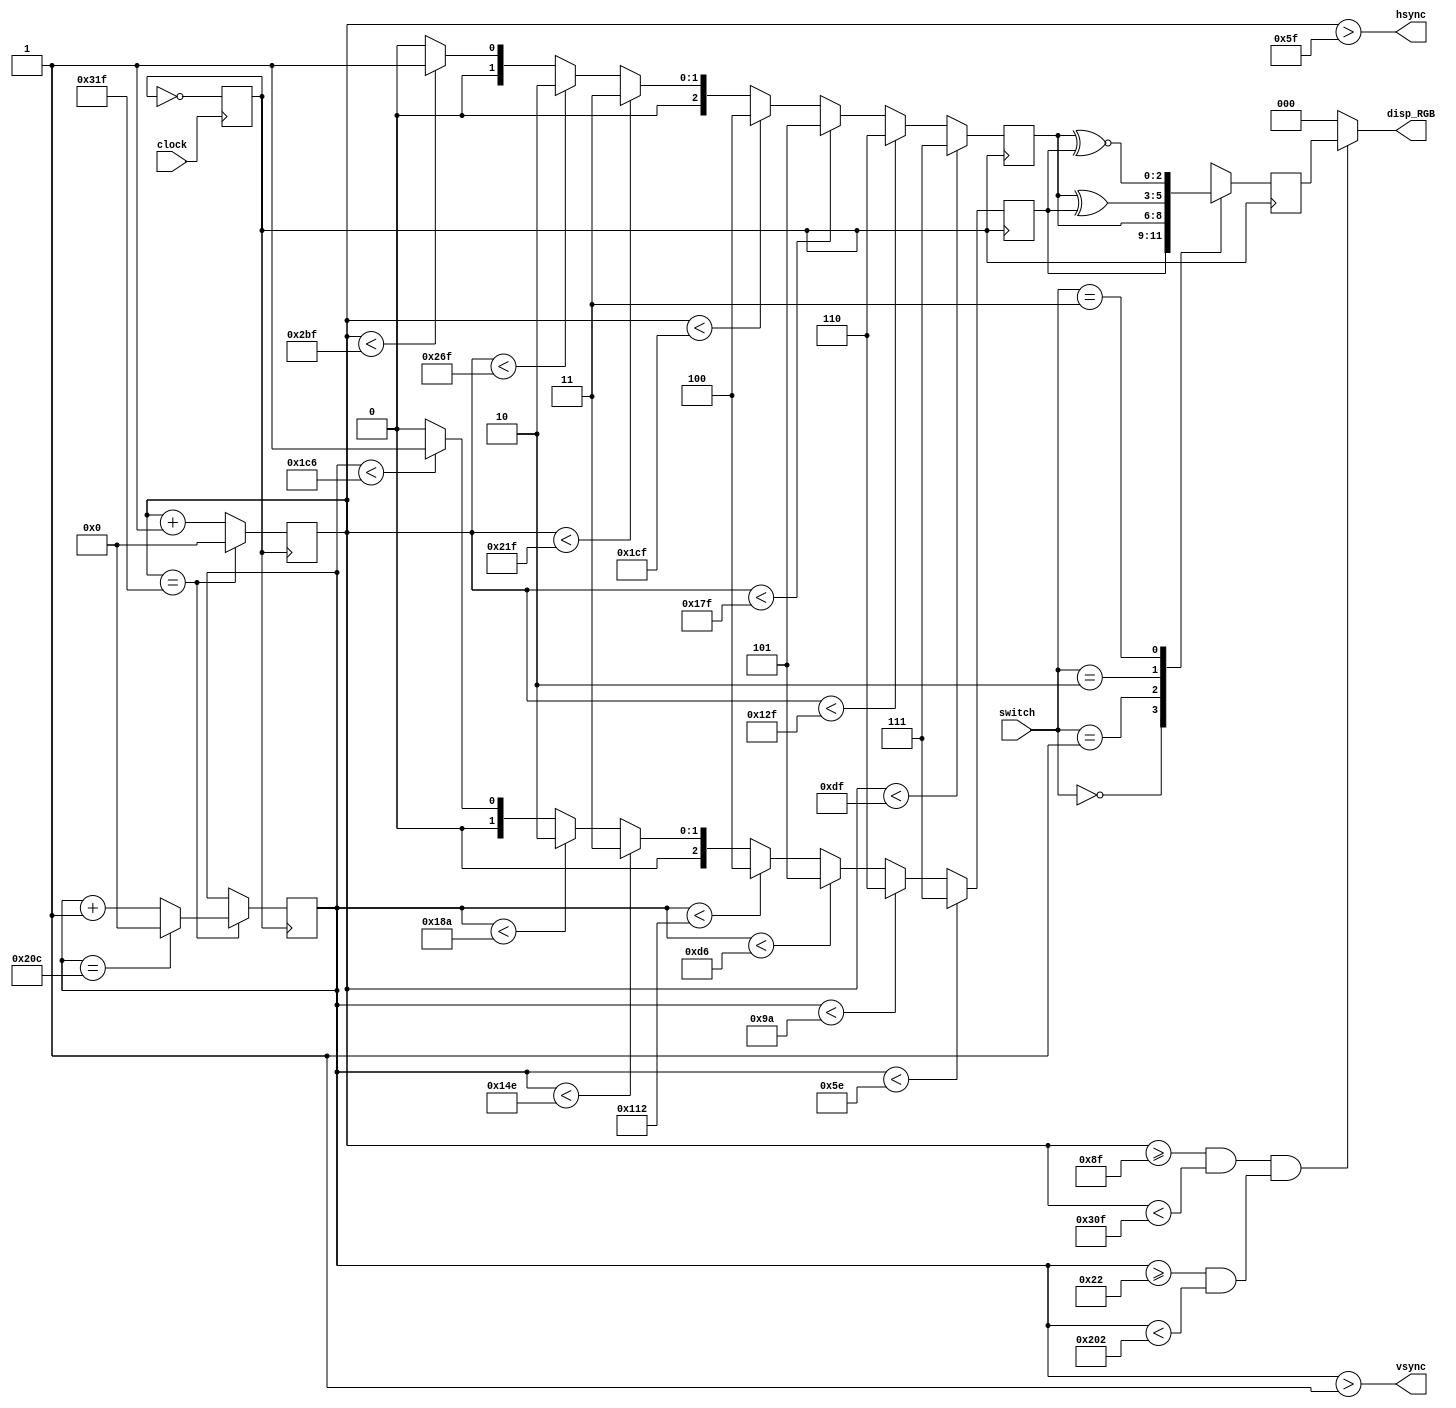
module VGA (clock, switch, disp_RGB, hsync, vsync);
  reg visual_null;
  input clock;
  input [1:0] switch;
  output [2:0] disp_RGB;
  output hsync;
  output vsync;
  reg [9:0] hcount;
  reg [9:0] vcount;
  reg [2:0] data;
  reg [2:0] h_dat;
  reg [2:0] v_dat;
  reg flag;
  wire hcount_ov;
  wire vcount_ov;
  wire dat_act;
  wire hsync;
  wire vsync;
  reg vga_clk;
  parameter hsync_end = 10'd95;
  parameter hdat_begin = 10'd143;
  parameter hdat_end = 10'd783;
  parameter hpixel_end = 10'd799;
  parameter vsync_end = 10'd1;
  parameter vdat_begin = 10'd34;
  parameter vdat_end = 10'd514;
  parameter vline_end = 10'd524;
  always
    @( posedge clock )
  begin
    vga_clk = ~(vga_clk);
  end
 
  always
    @( posedge vga_clk )
  begin
    if (hcount_ov)
      hcount <= 10'd0;
    else
      hcount <= hcount + 10'd1;
 
  end
 
  assign hcount_ov = (hcount == hpixel_end);
  always
    @( posedge vga_clk )
  begin
    if (hcount_ov)
    begin
      if (vcount_ov)
        vcount <= 10'd0;
      else
        vcount <= vcount + 10'd1;
 
    end
 
  end
 
  assign vcount_ov = (vcount == vline_end);
  assign dat_act = ((hcount >= hdat_begin) && (hcount < hdat_end)) && ((vcount >=
         vdat_begin) && (vcount < vdat_end));
  assign hsync = (hcount > hsync_end);
  assign vsync = (vcount > vsync_end);
  assign disp_RGB = (dat_act) ? data : 3'h00;
  always
    @( posedge vga_clk )
  begin
    case (switch[1:0])
      2'd0 :
        data <= h_dat;
      2'd1 :
        data <= v_dat;
      2'd2 :
        data <= (v_dat ^ h_dat);
      2'd3 :
        data <= (v_dat ~^ h_dat);
    endcase
 
  end
 
  always
    @( posedge vga_clk )
  begin
    if (hcount < 223)
      v_dat <= 3'h7;
    else
      if (hcount < 303)
        v_dat <= 3'h6;
      else
        if (hcount < 383)
          v_dat <= 3'h5;
        else
          if (hcount < 463)
            v_dat <= 3'h4;
          else
            if (hcount < 543)
              v_dat <= 3'h3;
            else
              if (hcount < 623)
                v_dat <= 3'h2;
              else
                if (hcount < 703)
                  v_dat <= 3'h1;
                else
                  v_dat <= 3'h0;
 
 
 
 
 
 
 
  end
 
  always
    @( posedge vga_clk )
  begin
    if (vcount < 94)
      h_dat <= 3'h7;
    else
      if (vcount < 154)
        h_dat <= 3'h6;
      else
        if (vcount < 214)
          h_dat <= 3'h5;
        else
          if (vcount < 274)
            h_dat <= 3'h4;
          else
            if (vcount < 334)
              h_dat <= 3'h3;
            else
              if (vcount < 394)
                h_dat <= 3'h2;
              else
                if (vcount < 454)
                  h_dat <= 3'h1;
                else
                  h_dat <= 3'h0;
 
 
 
 
 
 
 
  end
 
 
 
endmodule